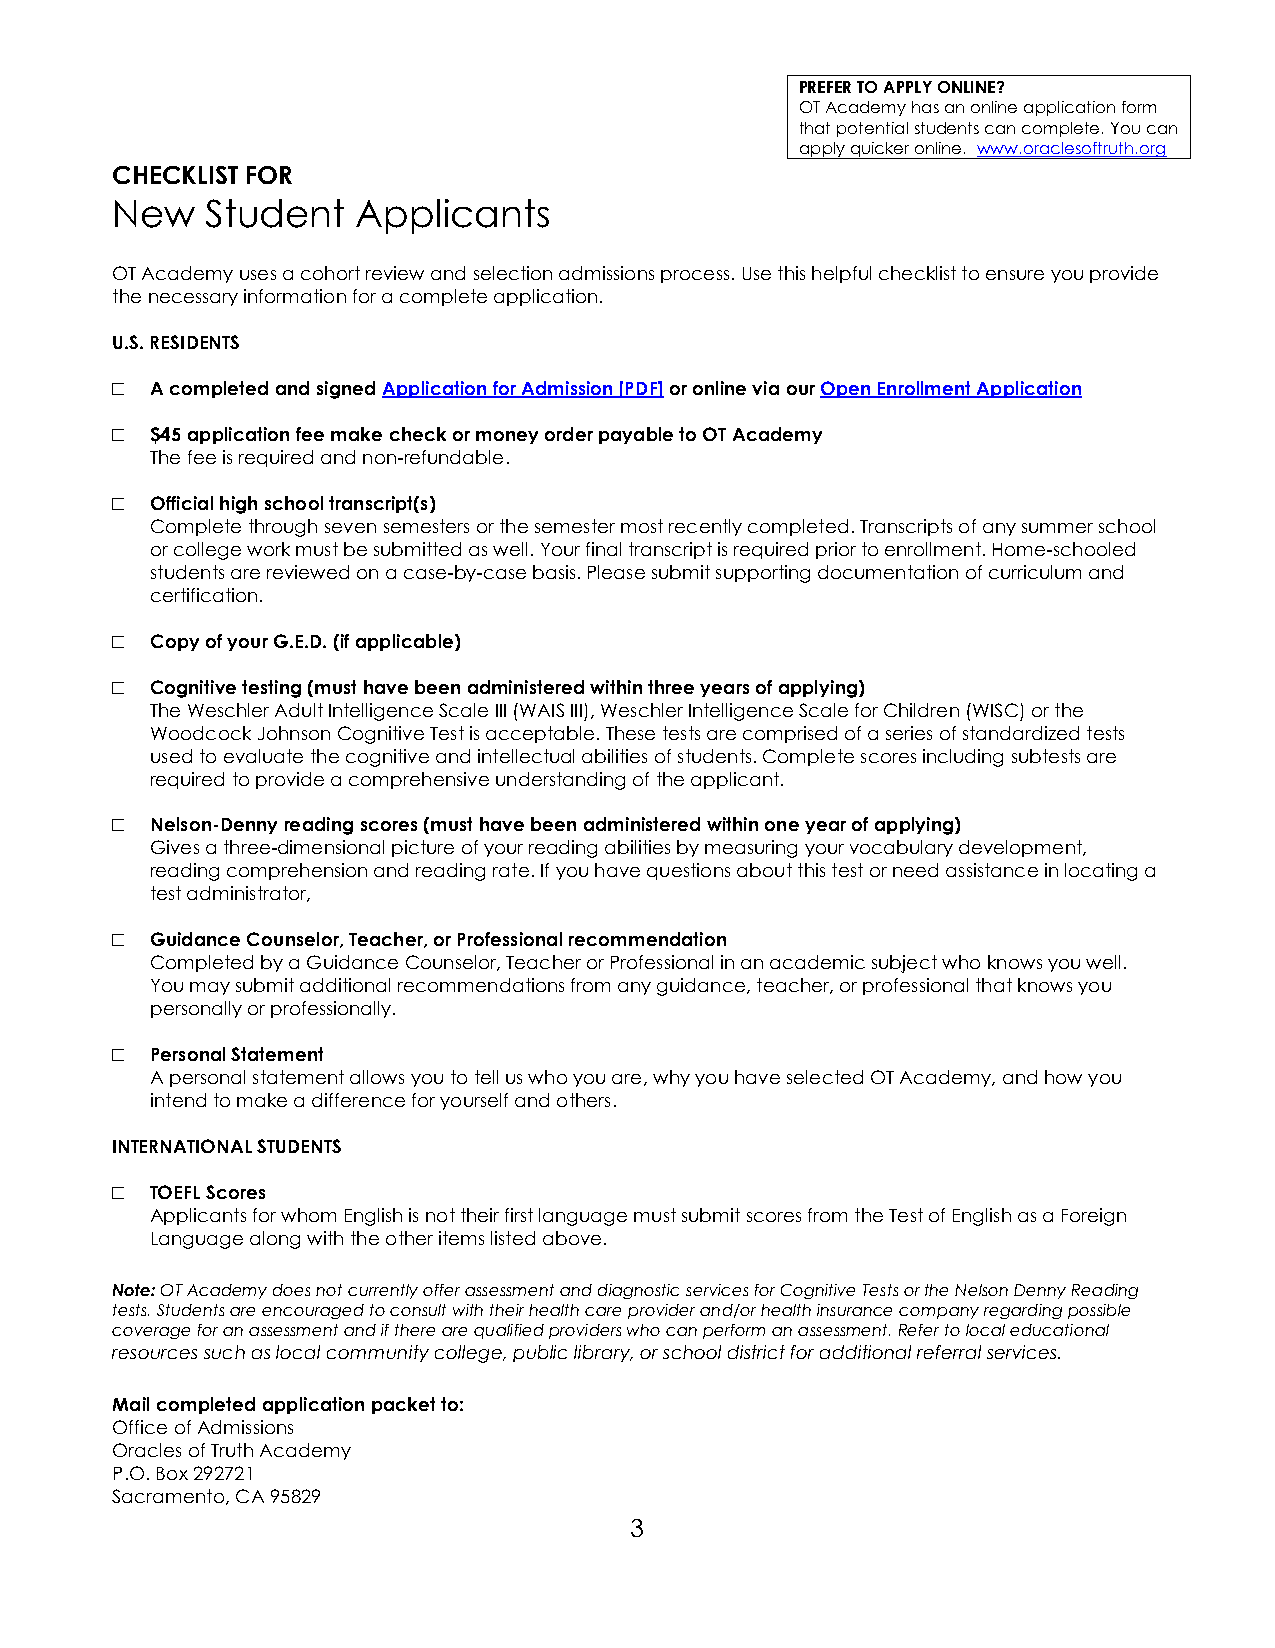
PREFER TO APPLY ONLINE?
 OT Academy has an online application form
 that potential students can complete. You can
 apply quicker online. www.oraclesoftruth.org
 CHECKLIST FOR
 New    Student   Applicants
 OT Academy uses a cohort review and selection admissions process. Use this helpful checklist to ensure you provide
 the necessary information for a complete application.
 U.S. RESIDENTS
 □  A completed and signed Application for Admission [PDF] or online via our Open Enrollment Application
 □  $45 application fee make check or money order payable to OT Academy
 The fee is required and non-refundable.
 □  Official high school transcript(s)
 Complete through seven semesters or the semester most recently completed. Transcripts of any summer school
 or college work must be submitted as well. Your final transcript is required prior to enrollment. Home-schooled
 students are reviewed on a case-by-case basis. Please submit supporting documentation of curriculum and
 certification.
 □  Copy of your G.E.D. (if applicable)
 □  Cognitive testing (must have been administered within three years of applying)
 The Weschler Adult Intelligence Scale III (WAIS III), Weschler Intelligence Scale for Children (WISC) or the
 Woodcock Johnson Cognitive Test is acceptable. These tests are comprised of a series of standardized tests
 used to evaluate the cognitive and intellectual abilities of students. Complete scores including subtests are
 required to provide a comprehensive understanding of the applicant.
 □  Nelson-Denny reading scores (must have been administered within one year of applying)
 Gives a three-dimensional picture of your reading abilities by measuring your vocabulary development,
 reading comprehension and reading rate. If you have questions about this test or need assistance in locating a
 test administrator,
 □  Guidance Counselor, Teacher, or Professional recommendation
 Completed by a Guidance Counselor, Teacher or Professional in an academic subject who knows you well.
 You may submit additional recommendations from any guidance, teacher, or professional that knows you
 personally or professionally.
 □  Personal Statement
 A personal statement allows you to tell us who you are, why you have selected OT Academy, and how you
 intend to make a difference for yourself and others.
 INTERNATIONAL STUDENTS
 □  TOEFL Scores
 Applicants for whom English is not their first language must submit scores from the Test of English as a Foreign
 Language along with the other items listed above.
 Note: OT Academy does not currently offer assessment and diagnostic services for Cognitive Tests or the Nelson Denny Reading
 tests. Students are encouraged to consult with their health care provider and/or health insurance company regarding possible
 coverage for an assessment and if there are qualified providers who can perform an assessment. Refer to local educational
 resources such as local community college, public library, or school district for additional referral services.
 Mail completed application packet to:
 Office of Admissions
 Oracles of Truth Academy
 P.O. Box 292721
 Sacramento, CA 95829
 3